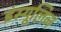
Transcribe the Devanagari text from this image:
इंस्यूलिन